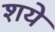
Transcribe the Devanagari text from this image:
शये